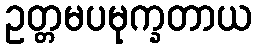
ဥတ္တမပမုက္ခတာယ